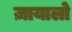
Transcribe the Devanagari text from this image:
ज़ायालो